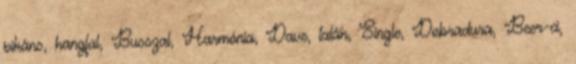
pikáns, hangfal, Busszal, Harmónia, Dave, talán, Single, Dobradura, Beer-ci,